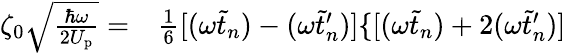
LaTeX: \begin{array}{rl}{\zeta_{0}\sqrt{\frac{\hbar\omega}{2U_{\mathrm{p}}}}=}&{{}\frac{1}{6}[(\omega\tilde{t}_{n})-(\omega\tilde{t}_{n}^{\prime})]\{ [(\omega\tilde{t}_{n})+2(\omega\tilde{t}_{n}^{\prime})]}\end{array}